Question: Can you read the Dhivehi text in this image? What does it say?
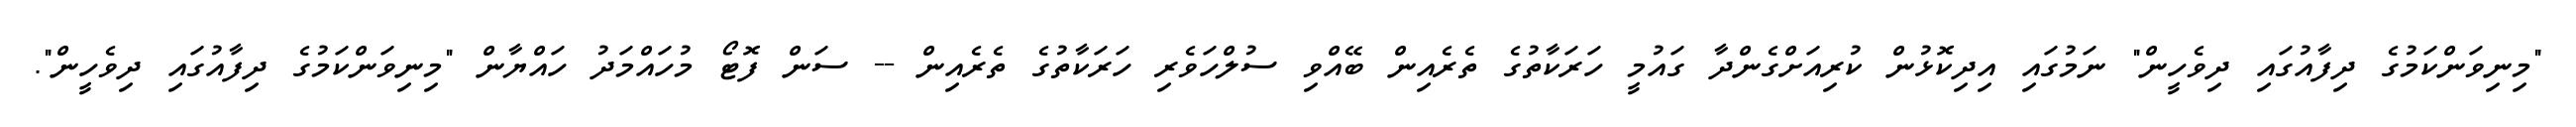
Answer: "މިނިވަންކަމުގެ ދިފާއުގައި ދިވެހީން" ނަމުގައި އިދިކޮޅުން ކުރިއަށްގެންދާ ގައުމީ ހަރަކާތުގެ ތެރެއިން ބޭއްވި ސުލްހަވެރި ހަރަކާތުގެ ތެރެއިން -- ސަން ފޮޓޯ މުހައްމަދު ހައްޔާން "މިނިވަންކަމުގެ ދިފާއުގައި ދިވެހީން".